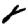
Digit: 8